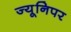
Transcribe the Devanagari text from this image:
ज्यूनिपर